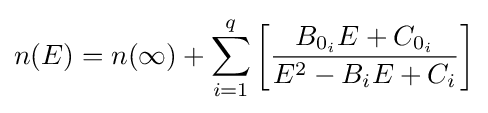
n(E)=n(\infty )+\sum _{i=1}^{q}\left[{\frac {B_{0_{i}}E+C_{0_{i}}}{E^{2}-B_{i}E+C_{i}}}\right]